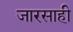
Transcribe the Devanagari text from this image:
जारसाही